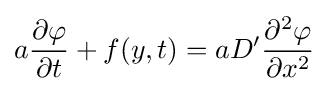
a{\frac {\partial \varphi }{\partial t}}+f(y,t)=aD'{\partial ^{2}\varphi  \over \partial x^{2}}